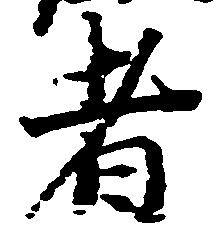
者